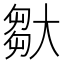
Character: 𡙦